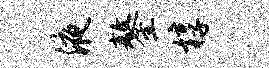
液鏊椁